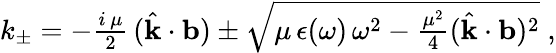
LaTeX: \begin{array}{r}{k_{\pm}=-\frac{i\, \mu}{2}\, (\hat{{\mathbf k}}\cdot{\mathbf b})\pm\sqrt{\mu\, \epsilon(\omega)\, \omega^{2}-\frac{\mu^{2}}{4}(\hat{{\mathbf k}}\cdot{\mathbf b})^{2}}\; ,}\end{array}